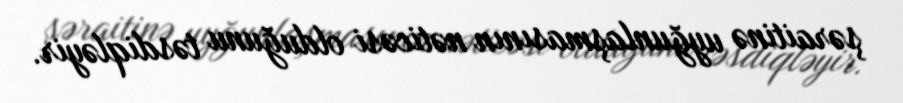
şəraitinə uyğunlaşmasının nəticəsi olduğunu təsdiqləyir.